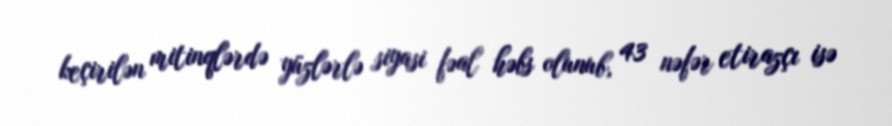
keçirilən mitinqlərdə yüzlərlə siyasi fəal həbs olunub, 43 nəfər etirazçı isə